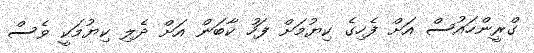
ގްރީންހައުސް އަށް ފެހިގެ ކިޔުމަށް ފަހު ކާބަން އަށް ދެލި ކިޔުމަކީ ވެސް